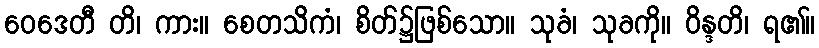
ဝေဒေတီ တိ၊ ကား။ စေတသိကံ၊ စိတ်၌ဖြစ်သော။ သုခံ၊ သုခကို။ ဝိန္ဒတိ၊ ရ၏။